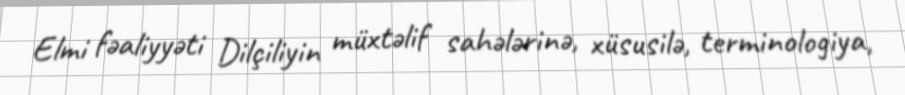
Elmi fəaliyyəti Dilçiliyin müxtəlif sahələrinə, xüsusilə, terminologiya,